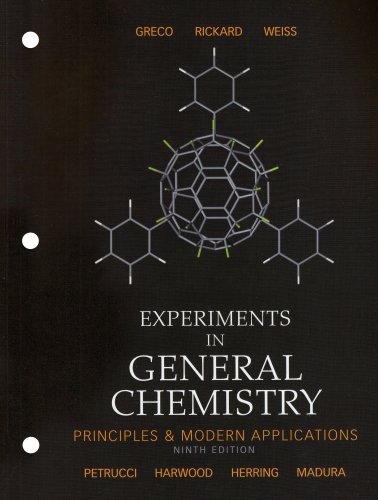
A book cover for Experiments in General Chemistry (9th Edition); Gerald S Weiss; Science & Math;